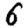
Digit: 6